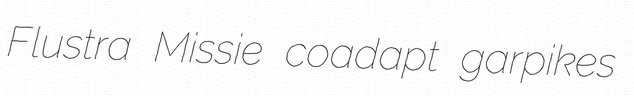
Flustra Missie coadapt garpikes